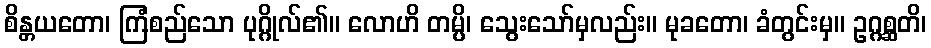
စိန္တယတော၊ ကြံစည်သော ပုဂ္ဂိုလ်၏။ လောဟိ တမ္ပိ၊ သွေးသော်မှလည်း။ မုခတော၊ ခံတွင်းမှ။ ဥဂ္ဂစ္ဆတိ၊